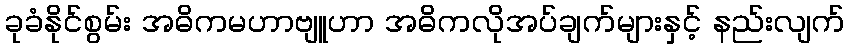
ခုခံနိုင်စွမ်း အဓိကမဟာဗျူဟာ အဓိကလိုအပ်ချက်များနှင့် နည်းလျက်